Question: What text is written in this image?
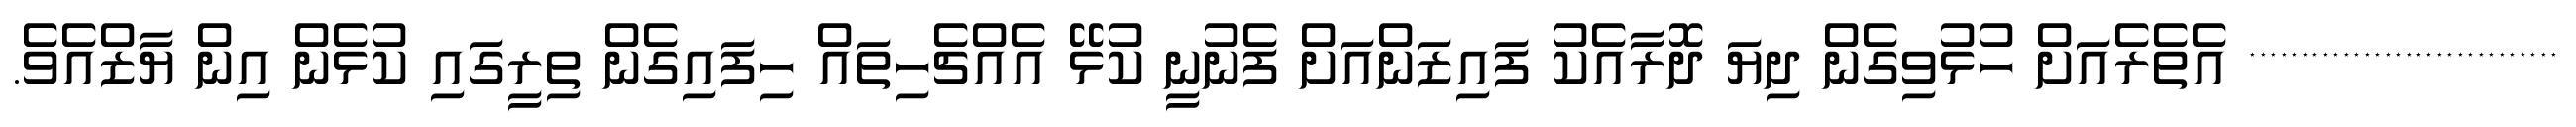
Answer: ****************************** އެތެރެއަށް ހުޅުވިގެން ދިޔަ ދޮރާއެކު ފައިޒަންއަށް ފެނުނީ ކުޅޭ އެއްޗެހިތައް ހިފައިގެން ތިރީގައި ކުޅެން އިން ޔާޒްއެވެ.